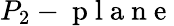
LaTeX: P_{2}-\mathrm{~p~l~a~n~e~}